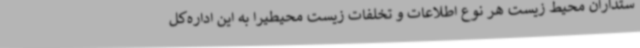
ستداران محیط زیست هر نوع اطلاعات و تخلفات زیست محیطیرا به این اداره‌کل